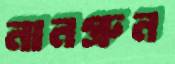
নানগ্রুন